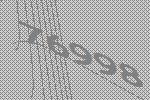
76998